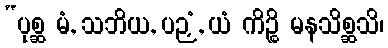
“ပုစ္ဆ မံ, သဘိယ, ပဉှံ, ယံ ကိဉ္စိ မနသိစ္ဆသိ၊